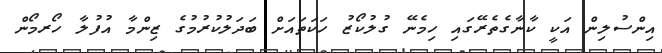
އިންސުލިން އަކީ ކާނާގެތެރޭގައި ހިމެނޭ ގުލުކޯޒު ހަކަތައަށް ބަދަލުކުރުމުގެ ޒިންމާ އުފުލާ ހޯރމޯން